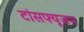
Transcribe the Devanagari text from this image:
टांसफ्यूजन